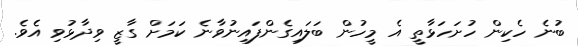
ބުނެ ހެކިން ހުށަހަޅާތީ އެ މީހުން ބަލައިގެންފައިނުވާނެ ކަމަށް ގާޒީ ވިދާޅުވި އެވެ.